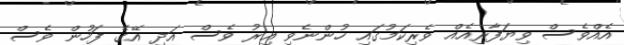
އެއްވެސް ވިޔަފާރިއެއް ވެރިކަމުގައި ހުންނެވި އިރު ވެސް އަދި އޭގެ ފަހުން ވެސް